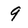
Character: 9